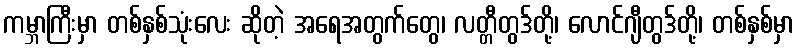
ကမ္ဘာကြီးမှာ တစ်နှစ်သုံးလေး ဆိုတဲ့ အရေအတွက်တွေ၊ လတ္တီတွဒ်တို့၊ လောင်ဂျီတွဒ်တို့၊ တစ်နှစ်မှာ